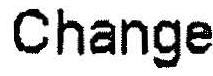
CHANGE